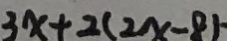
3 x + 2 ( 2 x - 8 ) \cdot